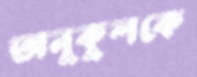
অনুকুলকে